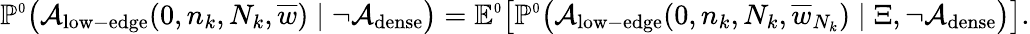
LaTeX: \mathbb{P}^{\scriptscriptstyle 0}\big({\mathcal A}_{\mathrm{low-edge}}(0,n_{k},N_{k},\overline{{w}})\mid\neg{\mathcal A}_{\mathrm{dense}}\big)=\mathbb E^{\scriptscriptstyle 0}\big[\mathbb{P}^{\scriptscriptstyle 0}\big({\mathcal A}_{\mathrm{low-edge}}(0,n_{k},N_{k},\overline{{w}}_{N_{k}})\mid\Xi,\neg{\mathcal A}_{\mathrm{dense}}\big)\big].